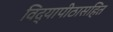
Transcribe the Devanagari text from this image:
विद्यापीठासहित